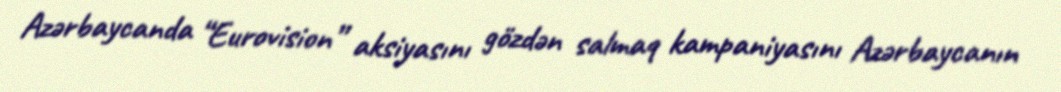
Azərbaycanda “Eurovision” aksiyasını gözdən salmaq kampaniyasını Azərbaycanın